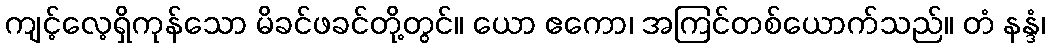
ကျင့်လေ့ရှိကုန်သော မိခင်ဖခင်တို့တွင်။ ယော ဧကော၊ အကြင်တစ်ယောက်သည်။ တံ နန္ဒံ၊